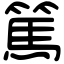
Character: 篤